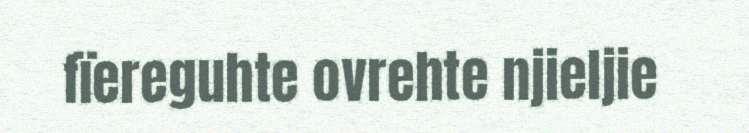
fïereguhte ovrehte njieljie